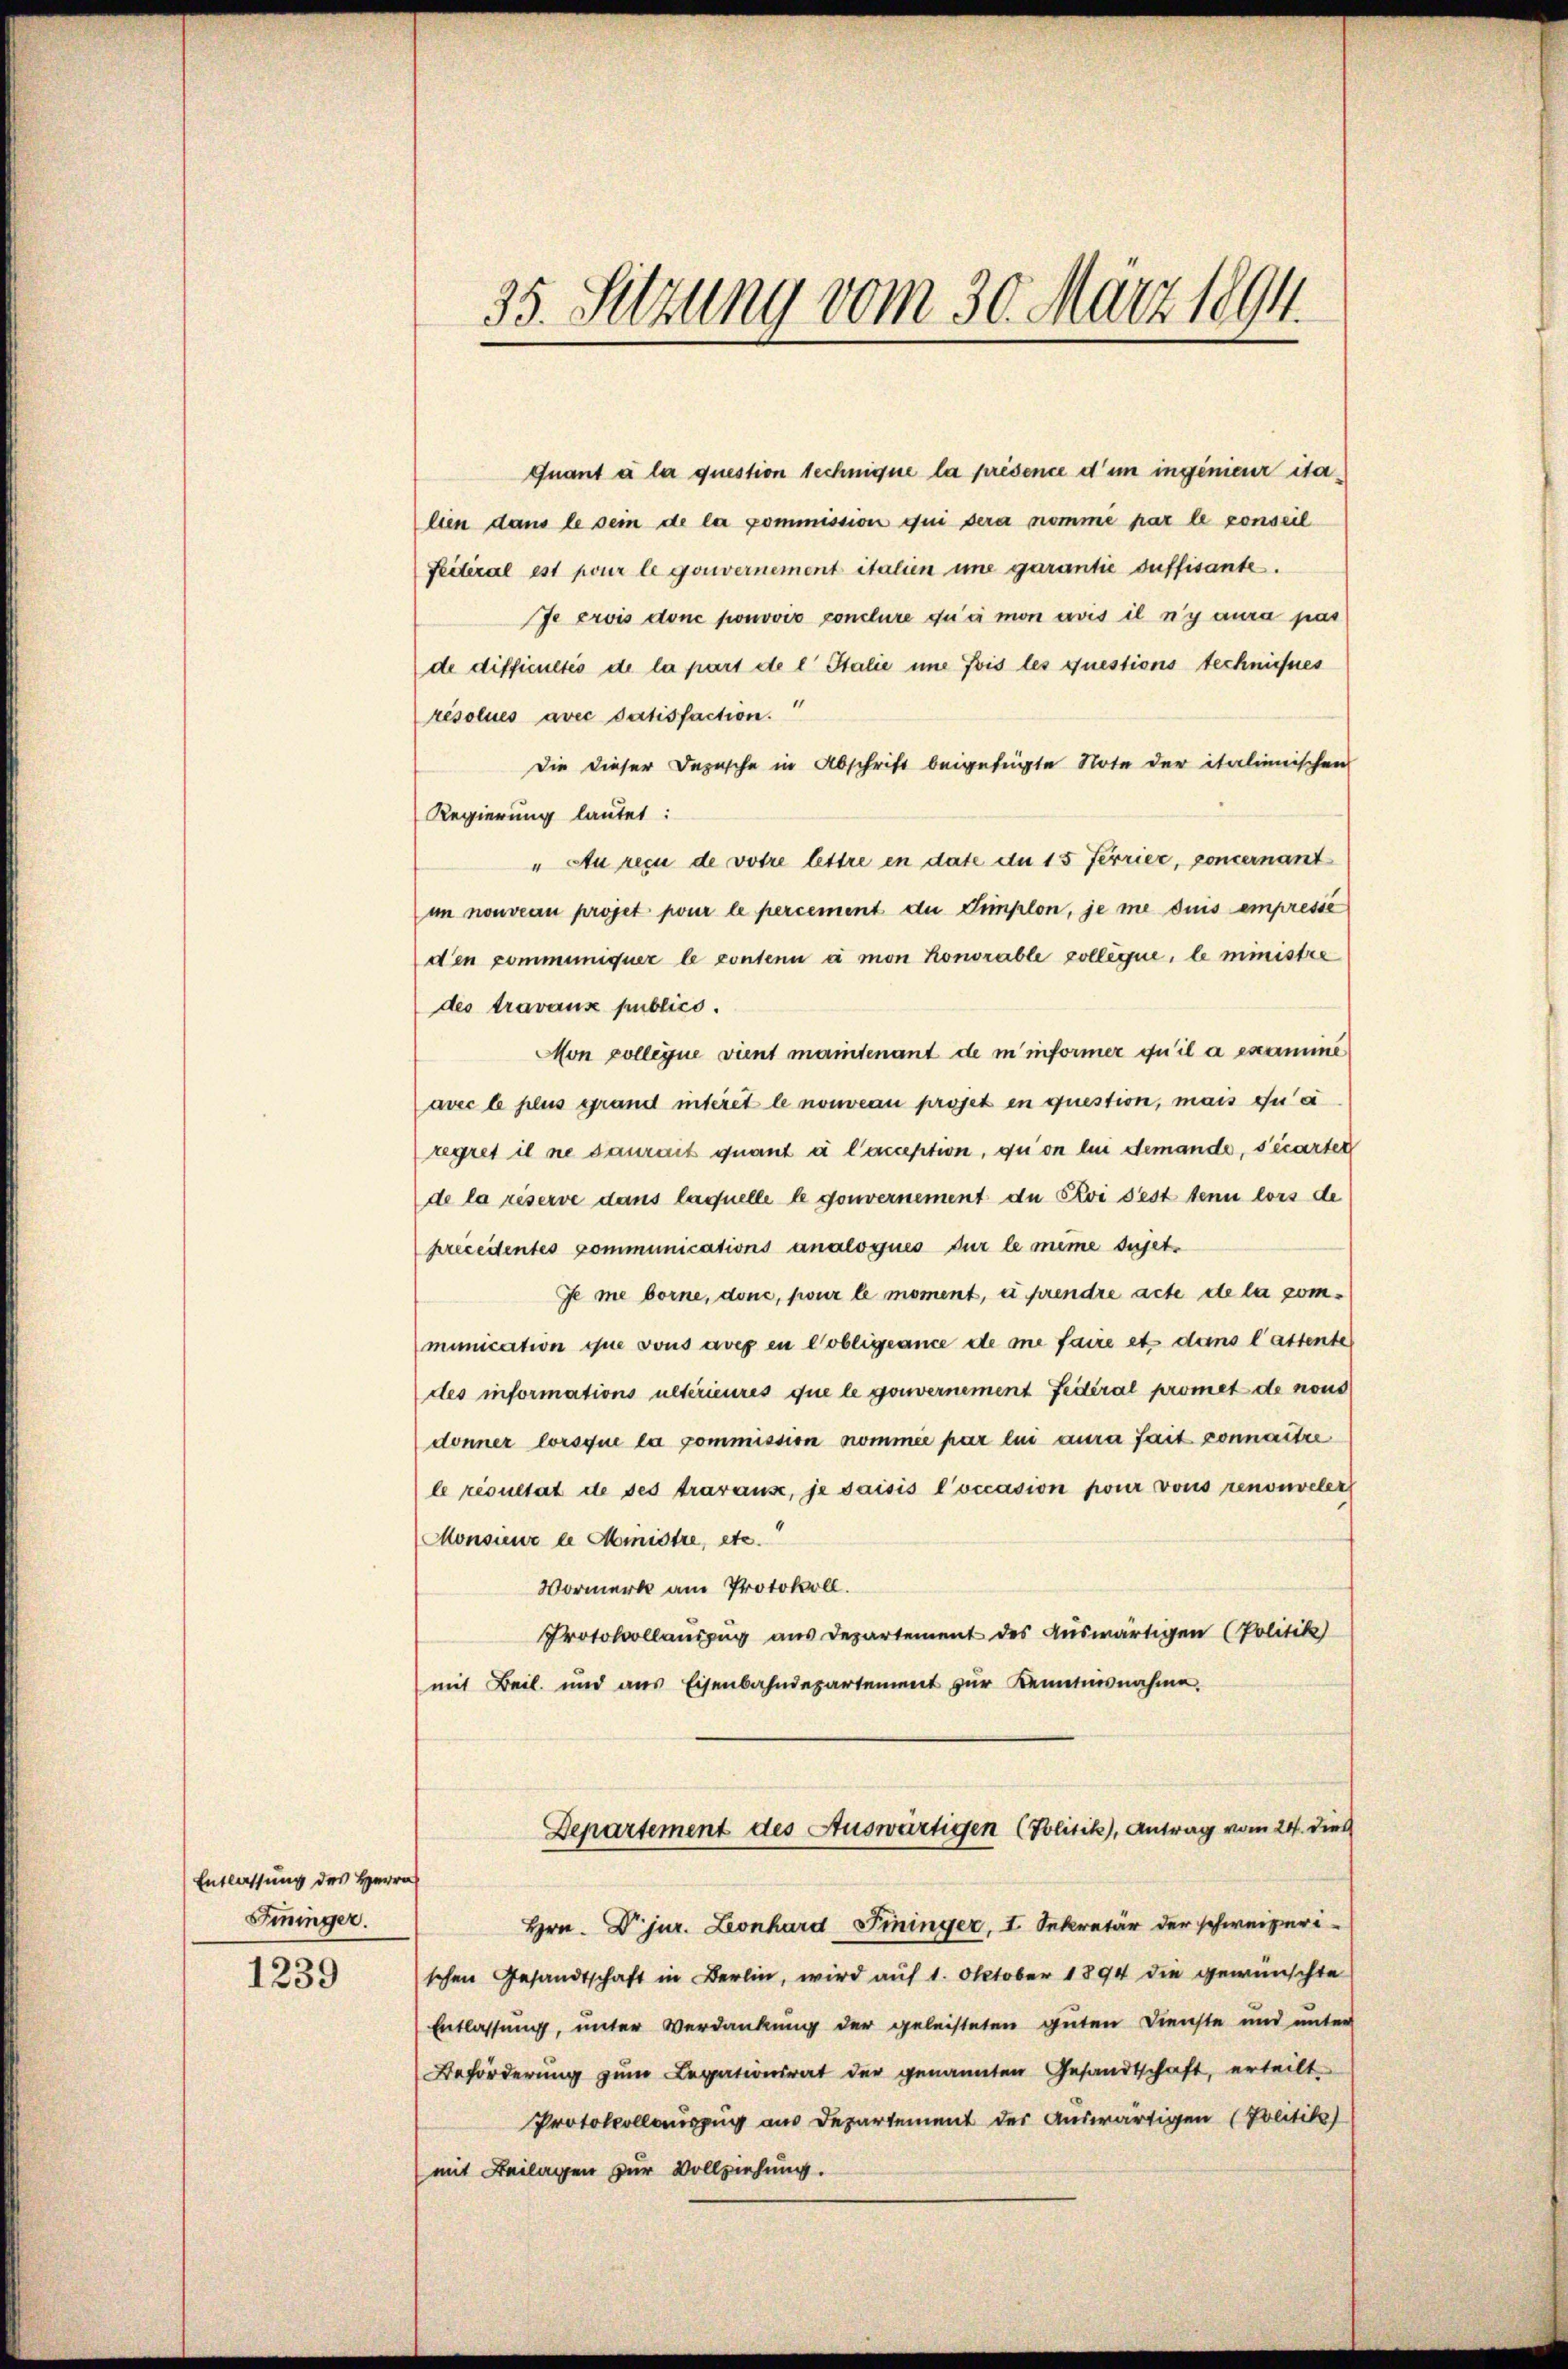
Entlassung des Herrn
Sminger.

1239

35. Sitzung vom 30. März 1894.

Quant à la question technique la présence d’un ingenieur italien dans le sei de la pommission qui sera nomme par le conseil
Feiteral est pour le gouvernement italien ime garantie suffisante.
Je crois donc ponovic conclure qu’à mon avis il n’y aura pas
de difficultés de la part de l. Stalie une fois les questions technisses
résolues avec datisfaction.
Die dieser Depesche in Abschrift beigefügte Note der italienischen
Regierung lautet:
"Au reçu de votre lettre en date du 15 Ferrier, concernant
im nouveau projet pour le percement du Simplon, je me duis empressé
den communiquer le contenu à mon honorable sollique, le ministre
des travaux publico.
Mon pollegie vient mantenant de in informer qu’il a examine
avec le plus grand interet le nouveau projet en question, mais in ei
regret il ne saurait quant à l’acception, quon bei demande, sécarter
de la réserve dans laquelle le gouvernement du Roi fest tenu lors de
precedentes communications analogués sur le même sujet¬
Je me borne, done, pour le moment, u. prendre acte de la communication que vons avec en Cobligeance de me faire et dans l’attente
des informations ultérieures que le gouvernement Federal promet de nous
donner lorsque la commission nommée par lui aura fait connaitre
le résultat de ses travause, je saisis l’occasion pour vons renonveler
Monsieur le Ministre, etc.
Vormerk am Protokoll.
Protocollauszug aus Departement des Auswärtigen (Politik)
mit Beil. und aus Eisenbahndepartement zŭr Kenntnisnahme.
Departement des Auswärtigen (Politik), Antrag vom 24. dies
Hrn. Dr. jur. Leonhard Pininger, I. Sekretär der schweizerischen Gesandtschaft in Berlin, wird auf 1. Oktober 1894 die gewünschte
Entlassung, unter Verdankung der geleisteten guten Dienste und unter
Beförderung zum Legationsrat der genannten Gesandtschaft, erteilt
Protokollauszug aus Departement der Auswärtigen (Politik)
(mit Beilagen zur Vollziehung.